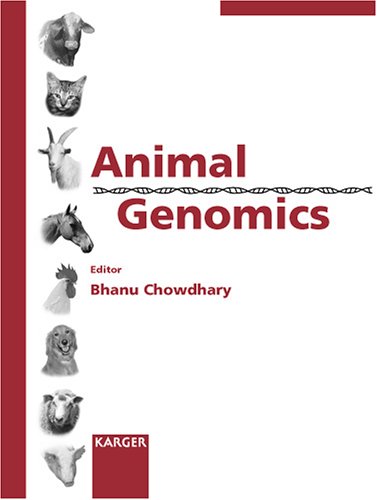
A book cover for Animal Genomics (Cytogenetic & Genome Research); Medical Books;